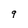
Character: 9